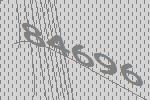
84696